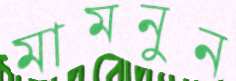
মামনুন